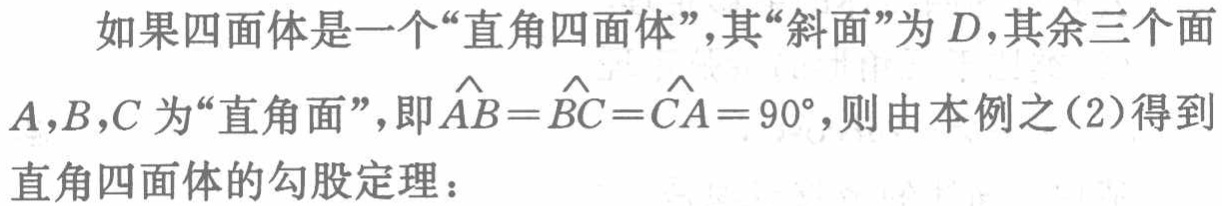
如果四面体是一个“直角四面体”，其“斜面”为 \(D\)，其余三个面
\(A,B,C\) 为“直角面”，即 \(\widehat{AB}=\widehat{BC}=\widehat{CA}=90^{\circ}\)，则由本例之(2)得到
直角四面体的勾股定理：